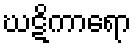
ဃဋိကာရော